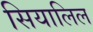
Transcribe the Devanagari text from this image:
सियालिल